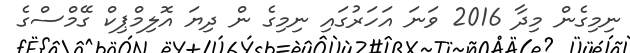
ނިމިގެން މިދާ 2016 ވަނަ އަހަރުގައި ނިމިގެ ން ދިޔަ އޮލިމްޕިކް ގޭމްސްގެ